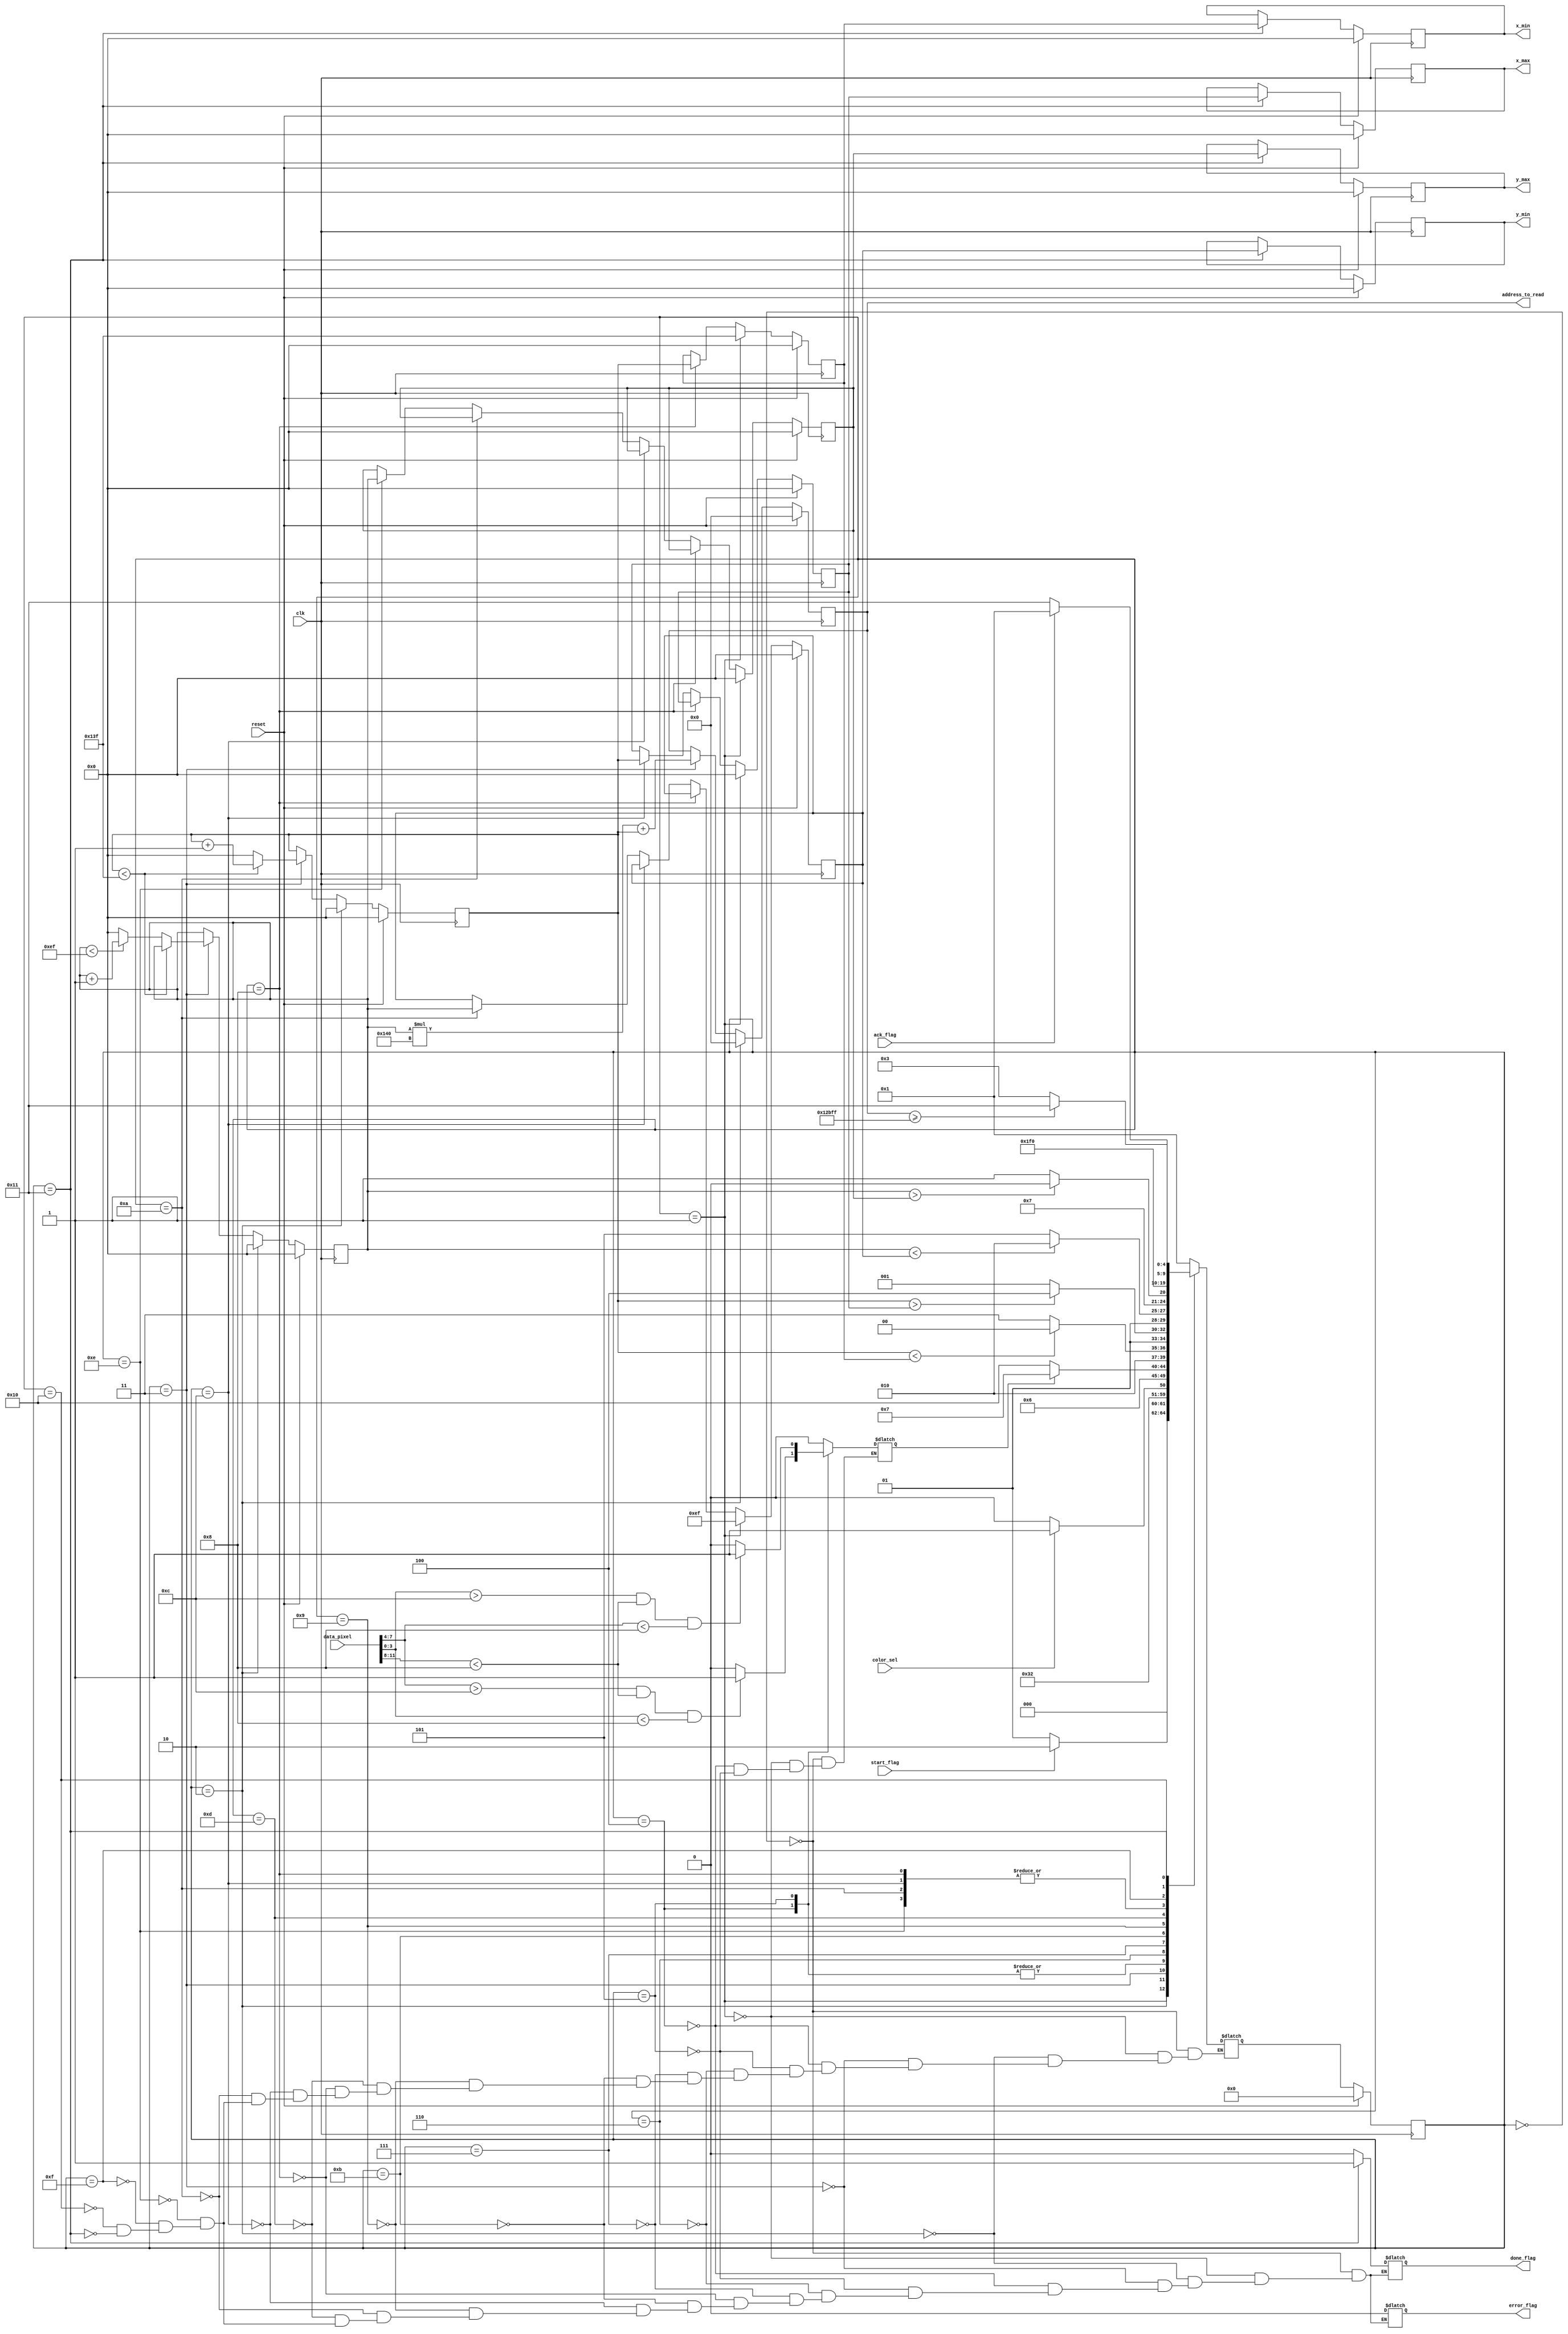
//	filter.v - filter module 
//	Version:		1.0	
//
//	Description:
//	------------
//	 This circuit filters the imaged based on color and
//   selection of color to be filtered is done using color_sel signal
//	 after that computes the min max bounderies using iterative algorithm
//	 Inputs:
//		clk,			-	clk 
//		reset,			-	reset active high
//		ack_flag,		-	hand shaking for acknowledg
//		start_flag,		-	hand shaking to start filter process
//		color_sel,		-	select which color to filter
//		[11:0] data_pixel,	- current pixel to check
//	 Outputs:
//		[16:0] address_to_read,	-	address of pixel data
//		[8:0] x_min				-	x min
//		[8:0] x_max				-	x max
//		[8:0] y_min				-	y min
//		[8:0] y_max				-	y max
//		done_flag				-	hand shaking done flag
//		error_flag				-	indicates error
//////////

module filter (
	input clk,	
	input reset,	
	input ack_flag,
	input start_flag,
	input color_sel,
	input  [11:0] data_pixel,
	output [16:0] address_to_read,
	output reg [8:0] x_min, x_max, y_min, y_max,
	output reg done_flag,
	output reg error_flag
);

// First we declare the state machine variables.
localparam SM_RESET = 5'd0;
localparam IDLE = 5'd1;	
localparam RESET_XY = 5'd2;	
localparam ADDR_GEN = 5'd3;
localparam COLOR_DETECT = 5'd4;
localparam COLOR_DETECT_1 = 5'd5;
localparam CHECK_PIX_OUT = 5'd6;

localparam CHECK_X_MIN = 5'd7;
localparam UPDATE_X_MIN = 5'd8;

localparam CHECK_Y_MIN = 5'd9;
localparam UPDATE_Y_MIN = 5'd10;

localparam CHECK_X_MAX = 5'd11;
localparam UPDATE_X_MAX = 5'd12;

localparam CHECK_Y_MAX = 5'd13;
localparam UPDATE_Y_MAX = 5'd14;

localparam CHECK_MIN_MAX = 5'd15;
localparam CHECK_DONE = 5'd16;
localparam DONE = 5'd17;

//state variables
reg [4:0] CURR_STATE, NEXT_STATE;

//temp latches used for brute force iterative algorithm
reg [8:0] x_min_temp, x_max_temp, y_min_temp, y_max_temp;

//used to generate address
reg [8:0] x_count;
reg [8:0] y_count;

//computed address
reg [16:0]	address;
//status of color match
reg [0:0] 	pixel_out;

assign address_to_read = address;

//clock block for flipflop based outputs
//works as output function logic tooo
//for signals like counters and min max values
always@(posedge clk) 
begin

	if(reset == 1'b1)
	begin
		x_count <= 9'd0;
		y_count <= 9'd0;
		address <= 17'd0;
	end
	
	//reset address counters in this states
	else if (CURR_STATE == RESET_XY)
	begin
		x_count <= 9'd0;
		y_count <= 9'd0;
		address <= 17'd0;
	end
	//increment counters only in ADDR_GEN 
    else if(CURR_STATE == ADDR_GEN)
	begin
		address <= (y_count * 320) + x_count;
        if (x_count < 9'd319) 
			x_count <= x_count + 9'd1;
		else 
		begin
			if (y_count < 9'd239) 
			begin
				y_count <= y_count + 9'd1;
				x_count <= 9'd0;
			end
			else
			begin
				y_count <= 9'd0;
				x_count <= 9'd0;
			end
		end	
	end
	
	//flipflops for outputs to avoide glitch 
	if(reset == 1'b1)
	begin
		x_min <= 0;
		y_min <= 0;
		x_max <= 0;
		y_max <= 0;
	end
	else if(CURR_STATE == DONE)
	begin
		x_min <= x_min_temp;
		y_min <= y_min_temp;
		x_max <= x_max_temp;
		y_max <= y_max_temp;
	end
	
	//flipflops for temp regs to avoide glitch 
	if(reset == 1'b1)
	begin
		x_min_temp <= 9'd0;
		y_min_temp <= 9'd0;
		x_max_temp <= 9'd0;
		y_max_temp <= 9'd0;
	end
	else if(CURR_STATE == IDLE)
	begin
		x_min_temp <= 9'd319;
		y_min_temp <= 9'd239;
		x_max_temp <= 9'd0;
		y_max_temp <= 9'd0;
	end
	else if(CURR_STATE == UPDATE_X_MIN)
	begin
		x_min_temp <= x_count;
	end
	else if(CURR_STATE == UPDATE_X_MAX)
	begin
		x_max_temp <= x_count;
	end
	else if(CURR_STATE == UPDATE_Y_MIN)
	begin
		y_min_temp <= y_count;
	end
	else if(CURR_STATE == UPDATE_Y_MAX)
	begin
		y_max_temp <= y_count;
	end
	
end

// The state switching logic
always @(posedge clk) 
begin
	if (reset == 1'b1)
		CURR_STATE <= SM_RESET;
	else
		CURR_STATE <= NEXT_STATE;
end


// NEXT_STATE Transitioning block
always@(*) begin
	case(CURR_STATE)
		
		SM_RESET:
		begin
			NEXT_STATE = IDLE;			
		end
		
		IDLE: 
		begin
			//start the computation
			if (start_flag == 1'b1)
				NEXT_STATE = RESET_XY;
			else
				NEXT_STATE = IDLE;
		end
		
		//reset the counters
		RESET_XY:
		begin
			NEXT_STATE = ADDR_GEN;
		end
		
		//based on input decide which filter to pick
		ADDR_GEN:
		begin
			if(color_sel == 1'b0)
				NEXT_STATE = COLOR_DETECT;
			else
				NEXT_STATE = COLOR_DETECT_1;
		end
		
		//look for the specific color
		COLOR_DETECT: 
		begin
			NEXT_STATE = CHECK_PIX_OUT;			
		end
		
		//look for the specific color
		COLOR_DETECT_1: 
		begin
			NEXT_STATE = CHECK_PIX_OUT;			
		end
		
		//check whether current filter matches the specific color
		CHECK_PIX_OUT:
		begin
			if(pixel_out == 1'b1)
			begin
				// NEXT_STATE = CHECK_MIN_MAX;
				// NEXT_STATE = UPDATE_X_MIN;
				NEXT_STATE = CHECK_X_MIN;
			end
			else
			begin
				NEXT_STATE = CHECK_DONE;
			end
		end
		
		//check x min
		CHECK_X_MIN:
		begin
			if (x_count < x_min_temp ) 
				NEXT_STATE = UPDATE_X_MIN;
			else
				// NEXT_STATE = CHECK_MIN_MAX;
				NEXT_STATE = CHECK_X_MAX;
		end
		
		//check x max
		CHECK_X_MAX:
		begin
			if (x_count > x_max_temp ) 
				NEXT_STATE = UPDATE_X_MAX;
			else
				NEXT_STATE = CHECK_Y_MIN;
		end
		
		//check y min
		CHECK_Y_MIN:
		begin
			if (y_count < y_min_temp ) 
				NEXT_STATE = UPDATE_Y_MIN;
			else
				NEXT_STATE = CHECK_Y_MAX;
		end
		
		//check y max
		CHECK_Y_MAX:
		begin
			if (y_count > y_max_temp ) 
				NEXT_STATE = UPDATE_Y_MAX;
			else
				NEXT_STATE = CHECK_MIN_MAX;
		end
		
		//update x min
		UPDATE_X_MIN:
		begin
			NEXT_STATE = CHECK_MIN_MAX;
		end
		
		//update x max
		UPDATE_X_MAX:
		begin
			NEXT_STATE = CHECK_MIN_MAX;
		end
		
		//update y min
		UPDATE_Y_MIN:
		begin
			NEXT_STATE = CHECK_MIN_MAX;
		end
		
		//update y max
		UPDATE_Y_MAX:
		begin
			NEXT_STATE = CHECK_MIN_MAX;
		end
		
		CHECK_MIN_MAX:
		begin
			NEXT_STATE = CHECK_DONE;
		end
		
		//check whether you have exhausted entire memory space
		CHECK_DONE:
		begin
			if (address >= 17'd76799) 
			begin
				NEXT_STATE = DONE;
			end
			else
			begin
				NEXT_STATE = ADDR_GEN;
			end
		end
		
		//wait for ack 
		DONE:
		begin
			if (ack_flag == 1'b1)
				NEXT_STATE = IDLE;
			else
				NEXT_STATE = DONE;
		end
	endcase
end

// Output Generation Logic
always@(*)
begin
	case(CURR_STATE)
	
		SM_RESET:
		begin						
			pixel_out = 1'b0;		
			done_flag = 1'b0;
			
			error_flag = 1'b0; 
		end
	
		IDLE: 
		begin		
			pixel_out = 1'b0;
			done_flag = 1'b0;
			error_flag = 1'b0; 
		end
		
		RESET_XY:
		begin
			done_flag = 1'b0;
			error_flag = 1'b0; 
		end
		
		ADDR_GEN:
		begin
			done_flag = 1'b0;
			error_flag = 1'b0; 
		end
		
		COLOR_DETECT: 
		begin
			if ((data_pixel[7:4] > 4'd12) && (data_pixel[11:8] < 4'd8 ) && (data_pixel[3:0] < 4'd8) )
			begin
				pixel_out = 1'b1;
			end	
			else
			begin
				pixel_out = 1'b0;
			end		
			done_flag = 1'b0;
			error_flag = 1'b0; 
		end
		
		COLOR_DETECT_1:
		begin
			if ((data_pixel[3:0] > 4'd12) && (data_pixel[11:8] < 4'd8 ) && (data_pixel[7:4] < 4'd8) )
			begin
				pixel_out = 1'b1;
			end	
			else
			begin
				pixel_out = 1'b0;
			end		
			done_flag = 1'b0;
			error_flag = 1'b0; 
		end
		
		CHECK_PIX_OUT:
		begin
			done_flag = 1'b0;
			error_flag = 1'b0; 
		end
		
		CHECK_X_MIN:
		begin
			done_flag = 1'b0;
			error_flag = 1'b0; 
		end
		
		UPDATE_X_MIN:
		begin
			done_flag = 1'b0;
			error_flag = 1'b0; 
		end
		
		CHECK_X_MAX:
		begin
			done_flag = 1'b0;
			error_flag = 1'b0; 
		end
		
		UPDATE_X_MAX:
		begin
			done_flag = 1'b0;
			error_flag = 1'b0; 
		end
		
		CHECK_Y_MIN:
		begin
			done_flag = 1'b0;
			error_flag = 1'b0; 
		end
		
		UPDATE_Y_MIN:
		begin
			done_flag = 1'b0;
			error_flag = 1'b0; 
		end
		
		CHECK_Y_MAX:
		begin
			done_flag = 1'b0;
			error_flag = 1'b0; 
		end
		
		UPDATE_Y_MAX:
		begin
			done_flag = 1'b0;
			error_flag = 1'b0; 
		end
		
		CHECK_MIN_MAX:
		begin
			done_flag = 1'b0;
			error_flag = 1'b0; 
		end
		
		CHECK_DONE:
		begin
			done_flag = 1'b0;
			error_flag = 1'b0;
		end
		
		DONE:
		begin
			done_flag = 1'b1;
			error_flag = 1'b0; 
		end
		
	endcase
end
endmodule